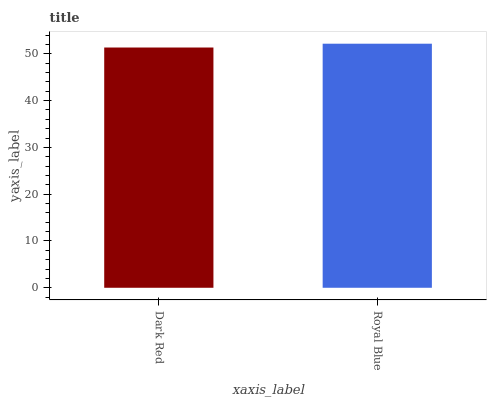
| xaxis_label | bars |
 | --- | --- |
 | Dark Red | 51.4 |
 | Royal Blue | 52.2 |